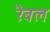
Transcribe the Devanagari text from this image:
रैबल